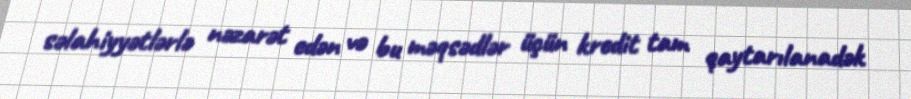
səlahiyyətlərlə nəzarət edən və bu məqsədlər üçün kredit tam qaytarılanadək